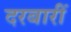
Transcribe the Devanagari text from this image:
दरबारीं